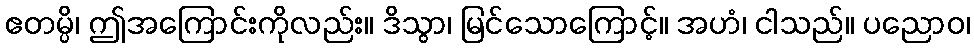
ဧတမ္ပိ၊ ဤအကြောင်းကိုလည်း။ ဒိသွာ၊ မြင်သောကြောင့်။ အဟံ၊ ငါသည်။ ပညောဝ၊